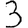
Digit: 3